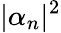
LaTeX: |\alpha_{n}|^{2}